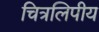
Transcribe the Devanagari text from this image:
चित्रलिपीय